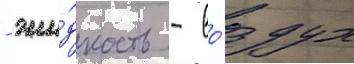
- жи́дкость - во́здух